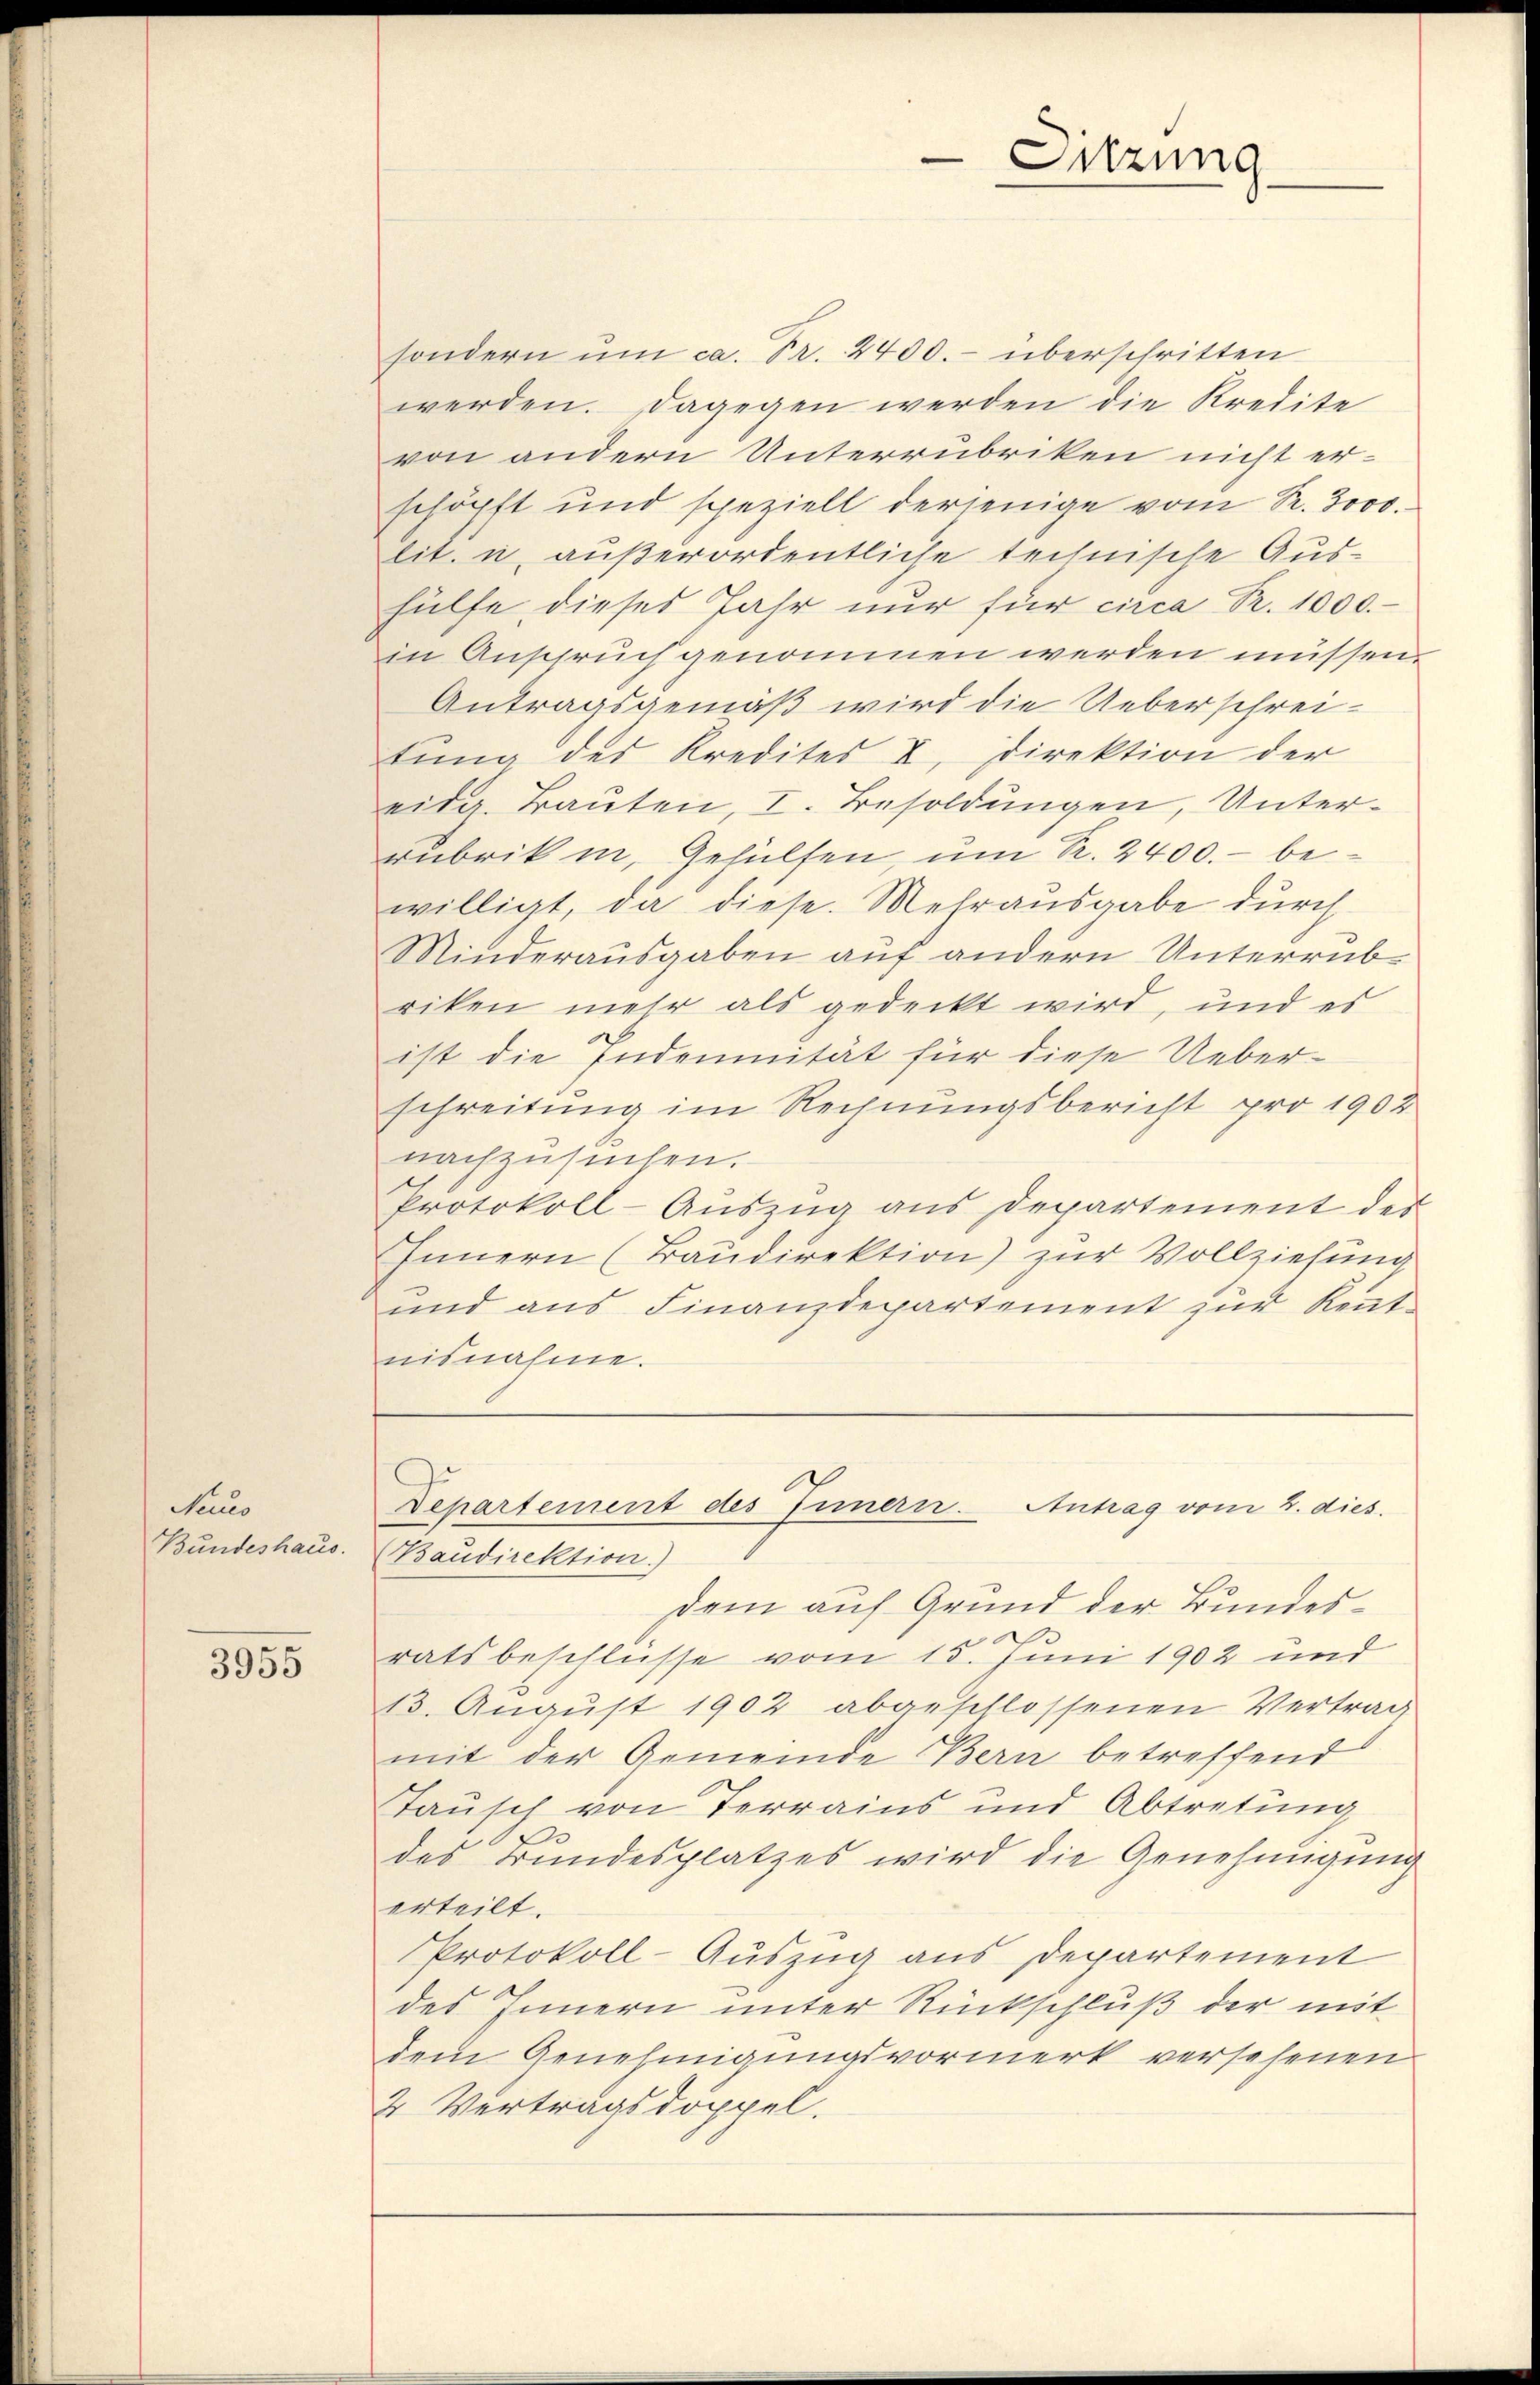
Seco
Bundeshaus.

3955

sondern ŭm ca. Fr. 2400.- überschritten
werden. Dagegen werden die Kredite
von andern Unterrubriken nicht er-
schöpft und speziell derjenige vom Fr. 3000.
lit. u. außerordentliche technische Aushülfe dieses Jahr nur für circa Fr. 1000.-
in Anspruch genommen werden müssen.
Antragsgemäß wird die Ueberschreitung des Kredites I, Direktion der
eidg. Bauten, I. Besoldungen, Unterrubrik in Gehülfen, um Kr. 2400.- bewilligt, da diese. Mehrausgabe durch
Minderausgaben auf andern Unterrübriken mehr als gedeckt wird, und es
ist die Indemnität für diese Ueber-
schreitung im Rechnungsbericht pro 1902
nachzusuchen.
Protokoll-Auszug aus Departement des
Innern (Baŭdirektion) zur Vollziehung
und aus Finanzdepartement zur Kenntnisnahme.

Baudirektion)
dem auf Grund der Bundesratsbeschlüsse vom 15. Juni 1902 und
13. August 1902 abgeschlossenen Vertrag
mit der Gemeinde Bern betreffend
Tausch von Terras und Abtretung
des Bundesplatzes wird die Genehmigung
erteilt.
Protokoll-Auszug aus Departement
des Innern unter Rückschluß der mit
dem Genehmigungsvormerk versehenen
2 Vertragsdoppel.

Sitzung

Departement des Innern. Antrag vom 2. dies.